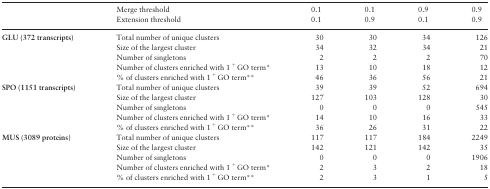
|  | Merge threshold | 0.1 | 0.1 | 0.9 | 0.9 |
 |  | Extension threshold | 0.1 | 0.9 | 0.1 | 0.9 |
 | --- | --- | --- | --- | --- | --- |
 | <ROWSPAN=5> GLU (372 transcripts) | Total number of unique clusters | 30 | 30 | 34 | 126 |
 | Size of the largest cluster | 34 | 32 | 34 | 21 |
 | Number of singletons | 2 | 2 | 2 | 70 |
 | Number of clusters enriched with 1 + GO term* | 13 | 10 | 18 | 12 |
 | % of clusters enriched with 1 + GO term** | 46 | 36 | 56 | 21 |
 | <ROWSPAN=5> SPO (1151 transcripts) | Total number of unique clusters | 39 | 39 | 52 | 694 |
 | Size of the largest cluster | 127 | 103 | 128 | 30 |
 | Number of singletons | 0 | 0 | 0 | 545 |
 | Number of clusters enriched with 1 + GO term* | 14 | 10 | 16 | 33 |
 | % of clusters enriched with 1 + GO term** | 36 | 26 | 31 | 22 |
 | <ROWSPAN=5> MUS (3089 proteins) | Total number of unique clusters | 117 | 117 | 184 | 2249 |
 | Size of the largest cluster | 142 | 121 | 142 | 35 |
 | Number of singletons | 0 | 0 | 0 | 1906 |
 | Number of clusters enriched with 1 + GO term* | 2 | 3 | 2 | 18 |
 | % of clusters enriched with 1 + GO term** | 2 | 3 | 1 | 5 |